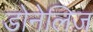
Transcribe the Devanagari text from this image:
डोनेलिज़